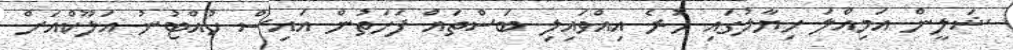
ޝަލީން އަމިއްލަ ހިޔާލުގައި ހުރެ އިއްވައިލި ބަސްތައް ފަހަތުން އައިސް ހުއްޓުނު އަލޫކްއަށް